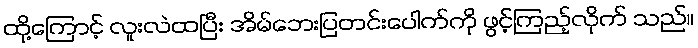
ထို့ကြောင့် လူးလဲထပြီး အိမ်ဘေးပြတင်းပေါက်ကို ဖွင့်ကြည့်လိုက် သည်။